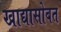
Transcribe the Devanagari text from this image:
खाद्यासोबत